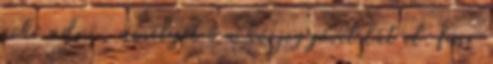
neki adni, amelyet ő a kézjegyével lát el. fair